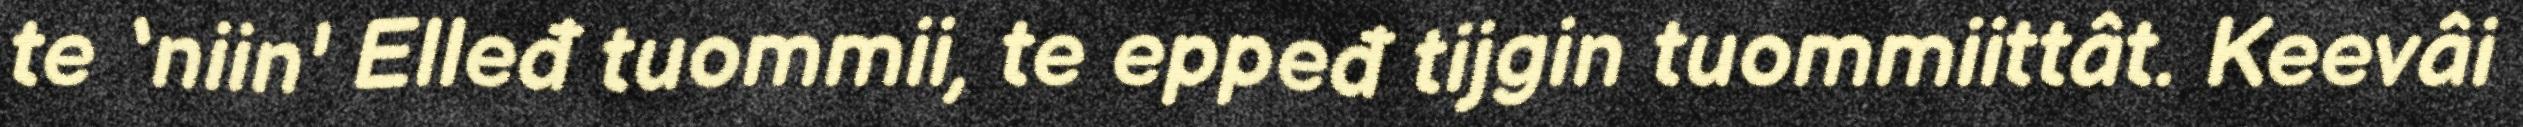
te ‘niin' Elleđ tuommii, te eppeđ tijgin tuommiittât. Keevâi